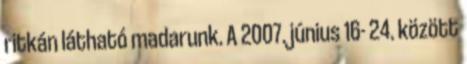
ritkán látható madarunk. A 2007. június 16- 24. között